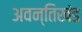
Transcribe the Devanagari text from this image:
अवन्तिखंड